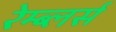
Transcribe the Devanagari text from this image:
रेम्ब्लर्स